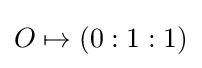
O\mapsto (0:1:1)